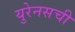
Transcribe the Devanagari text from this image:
युरेनसची